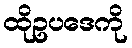
ထိုဥပဒေကို